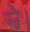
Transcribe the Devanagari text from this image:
स्वैः।